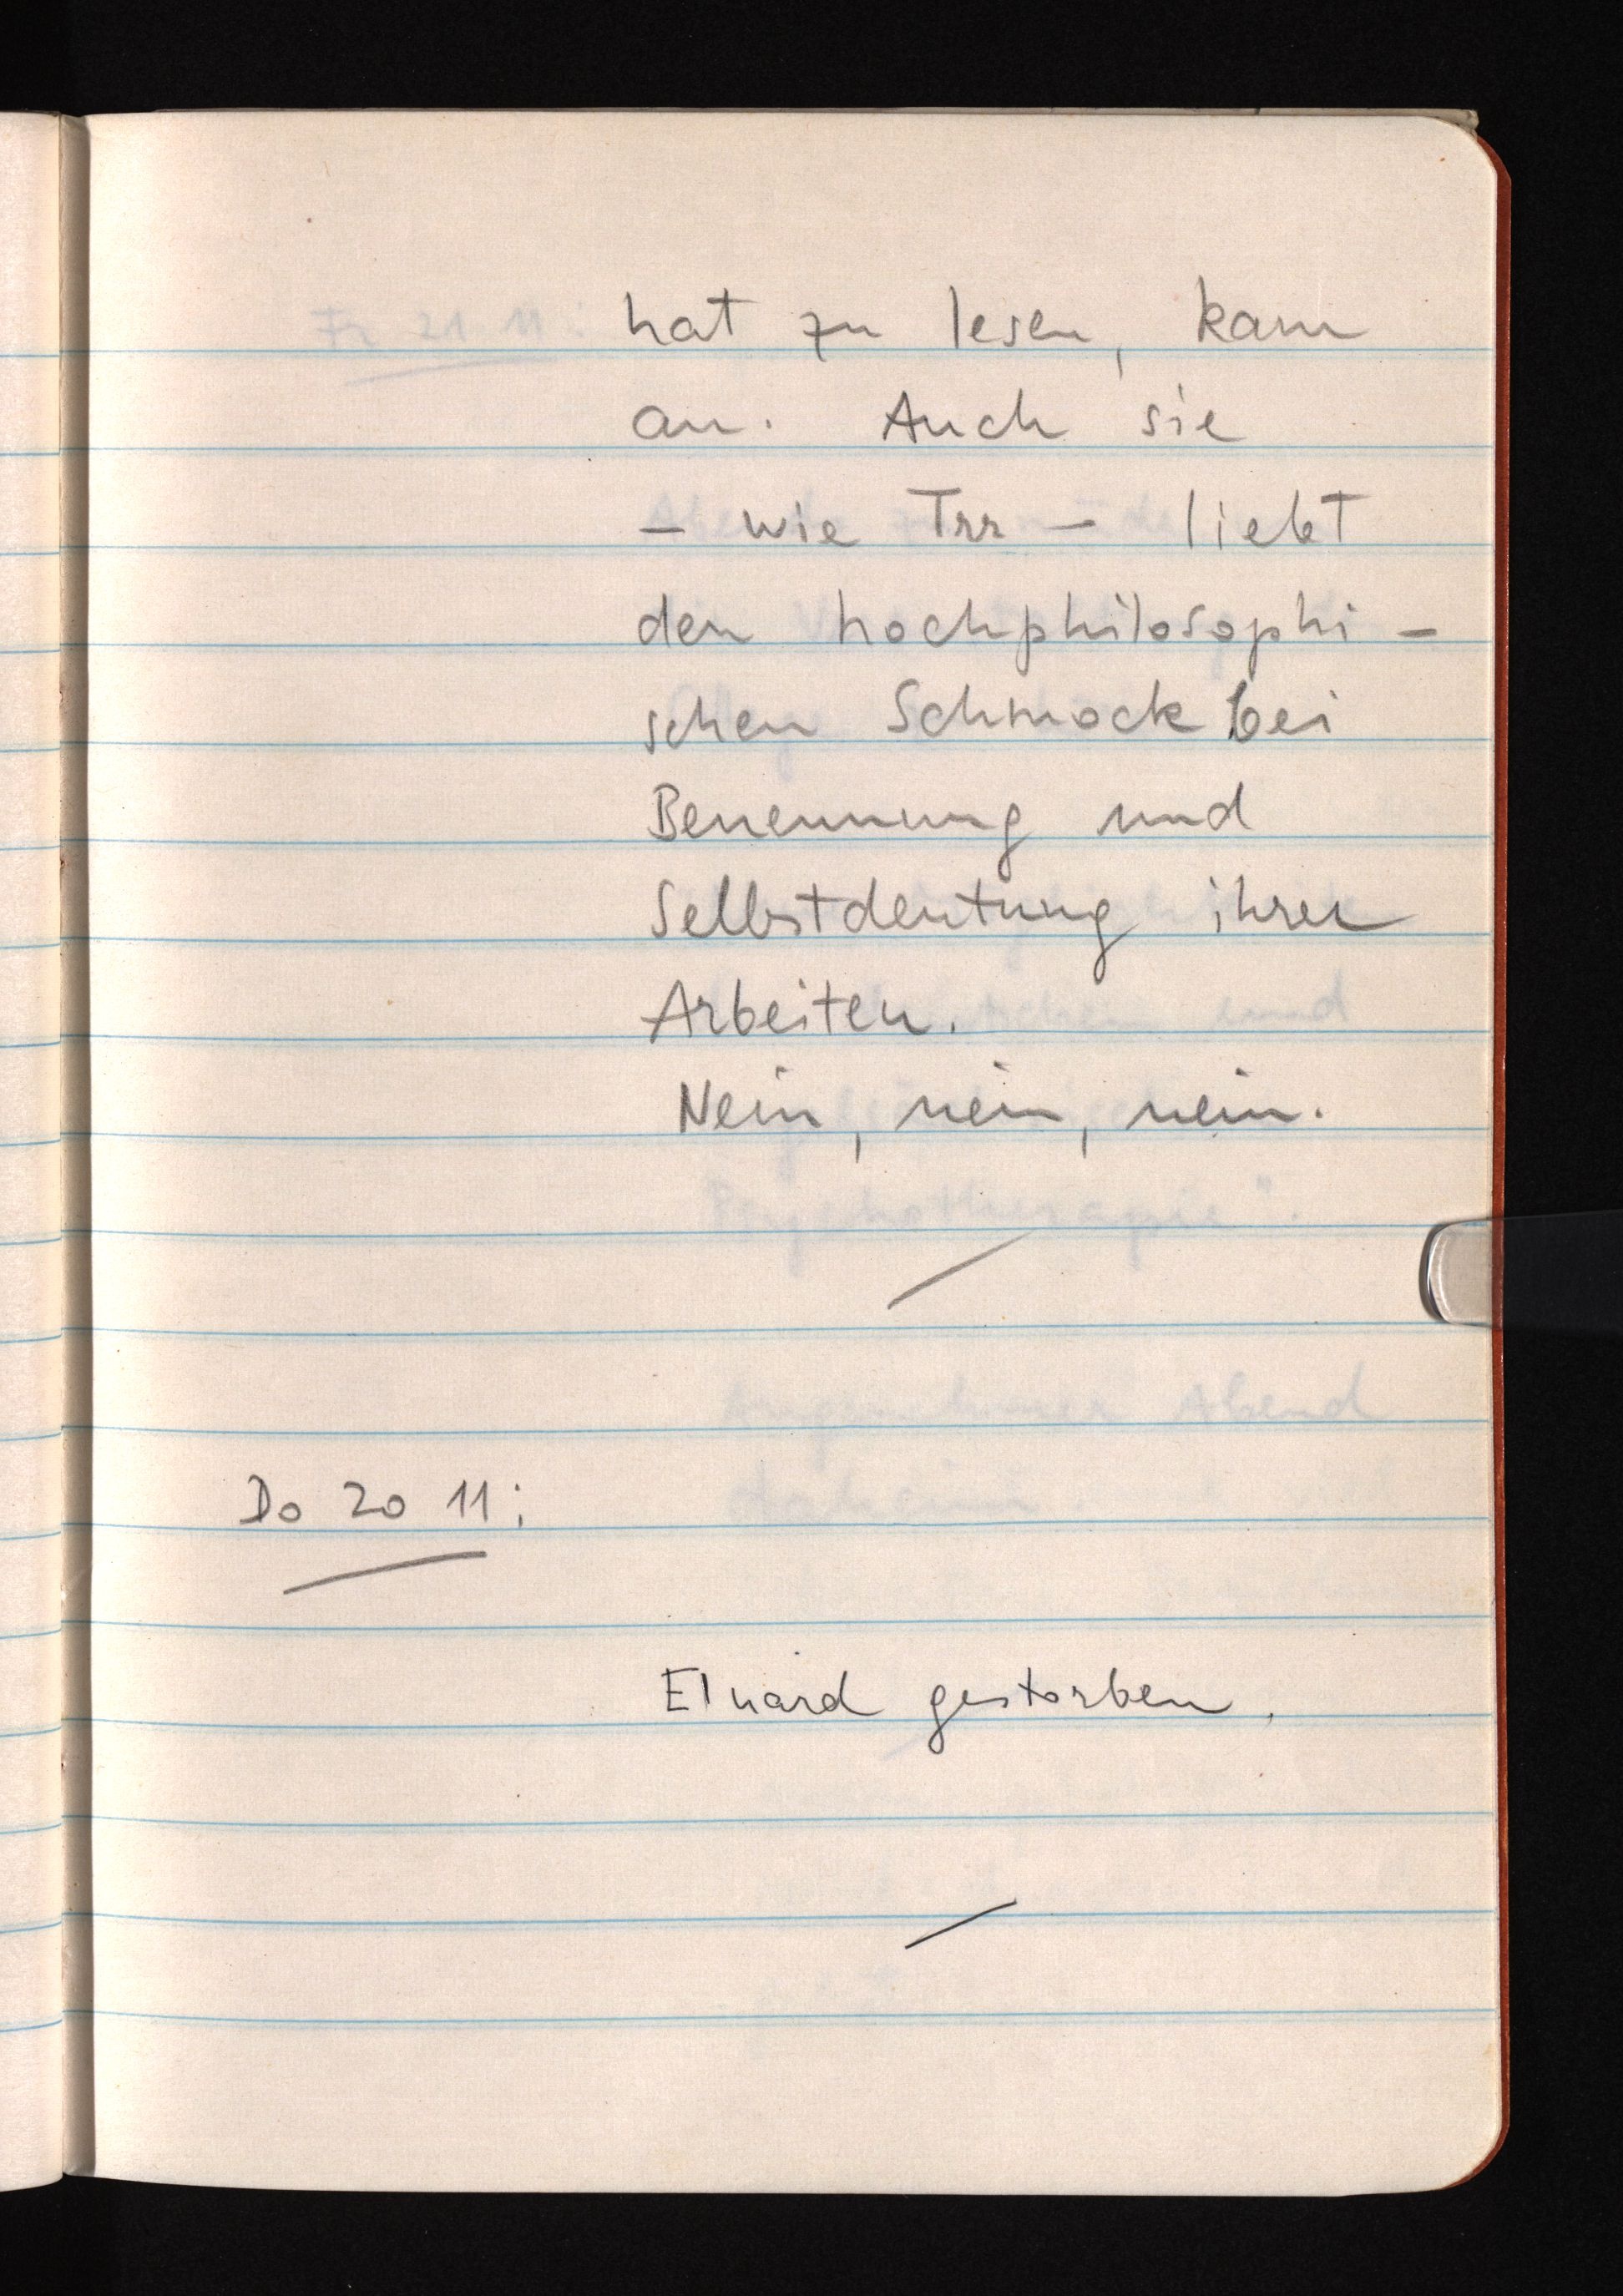
hat zu lesen, kam
an. Auch sie
- wie Trr - liebt
den hochphilosophi¬
schen Schmock bei
Benennung und
Selbstdeutung ihrer
Arbeiten.
Nein, nein, nein.
Do 20 11:
Eluard gestorben.